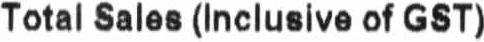
TOTAL SALES (INCLUSIVE OF GST)